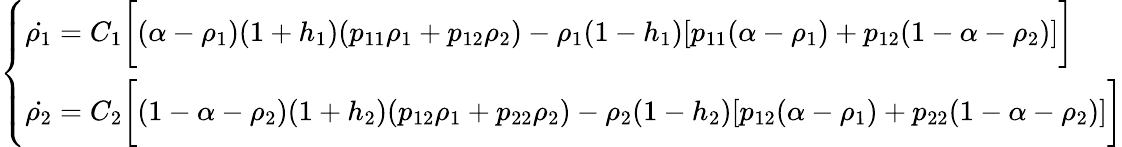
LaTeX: \left\{ \begin{array}{ll}{\dot{\rho_{1}}=C_{1}\bigg[(\alpha-\rho_{1})(1+h_{1})(p_{11}\rho_{1}+p_{12}\rho_{2})-\rho_{1}(1-h_{1})[p_{11}(\alpha-\rho_{1})+p_{12}(1-\alpha-\rho_{2})]\bigg]}\\ {\dot{\rho_{2}}=C_{2}\bigg[(1-\alpha-\rho_{2})(1+h_{2})(p_{12}\rho_{1}+p_{22}\rho_{2})-\rho_{2}(1-h_{2})[p_{12}(\alpha-\rho_{1})+p_{22}(1-\alpha-\rho_{2})]\bigg]}\end{array}\right.